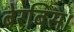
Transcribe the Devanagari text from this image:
बेरबिस।